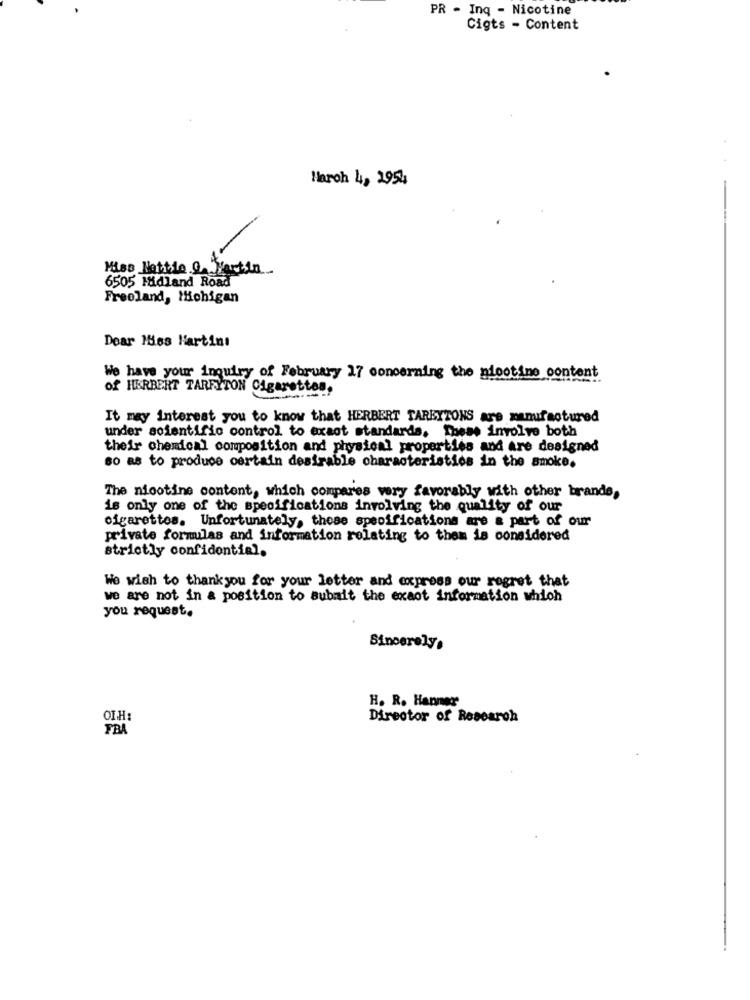
PR - Inq - Nicotine
Cigts - Content
March 4, 2954
Miss Nettle Q. Martin
6505 Midland Road
Freeland, Michigan
Dear Mies Hartinı
We have your inquiry of February 17 concerning the nicotine content
of HERBERT TARFYTON Cigarettes.
It may interest you to know that HERBERT TARBYTONS are manufactured
under scientific control to exact standards. These involve both
their chemical composition and physical properties and are designed
so as to produce certain desirable characteristics in the smoke.
The nicotine content, which compares very favorably with other brands,
is only one of the specifications involving the quality of our
cigarettes. Unfortunately, those specifications are a part of our
private formulas and information relating to them is considered
strictly confidential,
We wish to thankyou for your letter and express our regret that
we are not in a position to submit the exact information which
you request.
Sincerely.
H. R. Hanner
OIH:
Director of Research
FBA